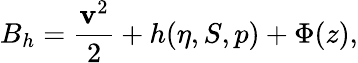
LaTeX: B_{h}=\frac{{\mathbf v}^{2}}{2}+h(\eta,S,p)+\Phi(z),